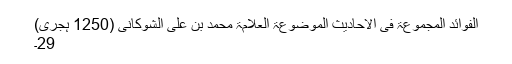
الفوائد المجموعۃ فی الاحادیث الموضوعۃ العلامۃ محمد بن علی الشوکانی (1250 ہجری)
29۔